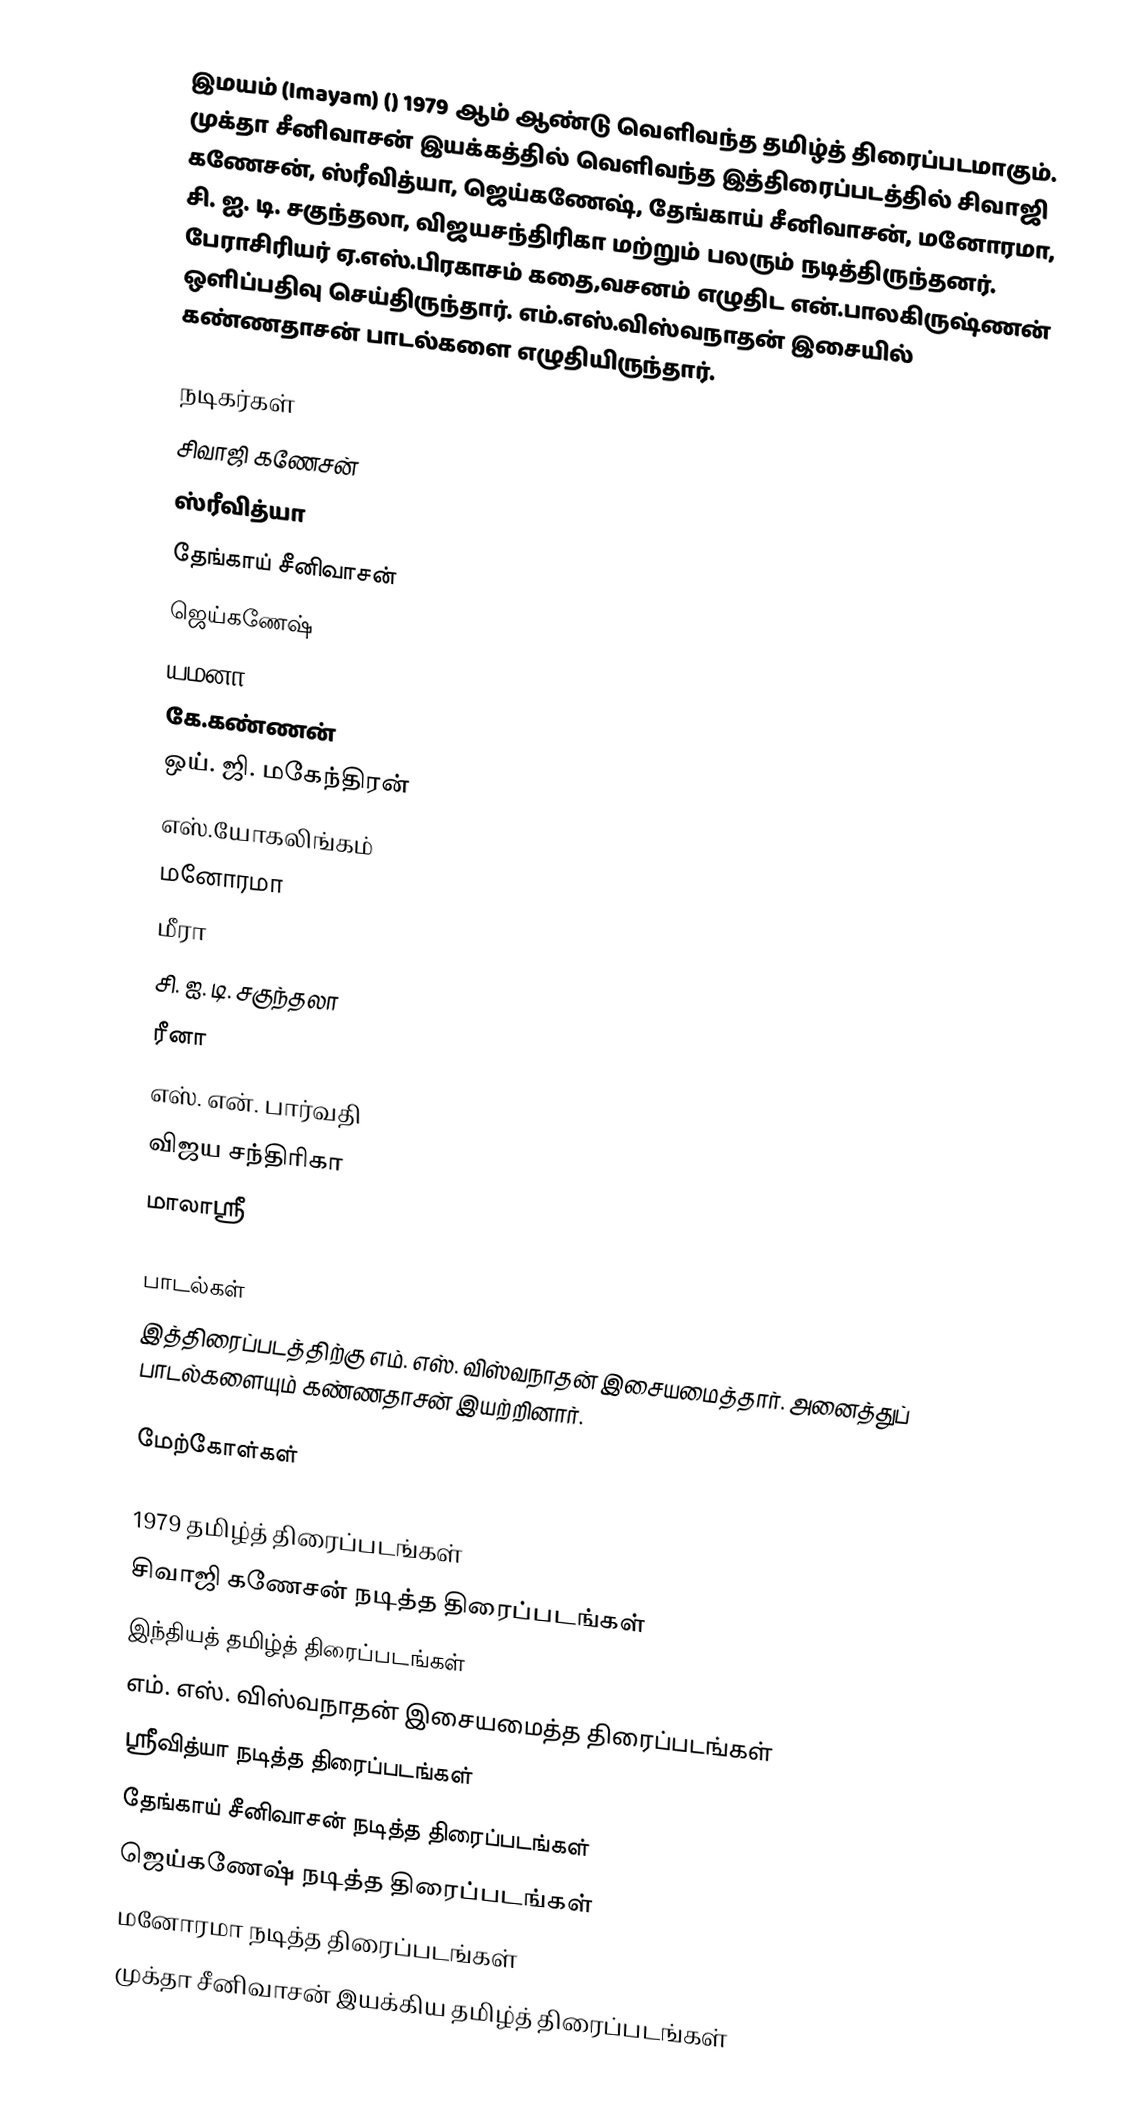
இமயம் (Imayam) () 1979 ஆம் ஆண்டு வெளிவந்த தமிழ்த் திரைப்படமாகும். முக்தா சீனிவாசன் இயக்கத்தில் வெளிவந்த இத்திரைப்படத்தில் சிவாஜி கணேசன், ஸ்ரீவித்யா, ஜெய்கணேஷ், தேங்காய் சீனிவாசன், மனோரமா, சி. ஐ. டி. சகுந்தலா, விஜயசந்திரிகா மற்றும் பலரும் நடித்திருந்தனர். பேராசிரியர் ஏ.எஸ்.பிரகாசம் கதை,வசனம் எழுதிட என்.பாலகிருஷ்ணன் ஒளிப்பதிவு செய்திருந்தார். எம்.எஸ்.விஸ்வநாதன் இசையில் கண்ணதாசன் பாடல்களை எழுதியிருந்தார்.

நடிகர்கள்
 சிவாஜி கணேசன்
 ஸ்ரீவித்யா
 தேங்காய் சீனிவாசன்
 ஜெய்கணேஷ்
 யமனா
 கே.கண்ணன்
 ஒய். ஜி. மகேந்திரன்
 எஸ்.யோகலிங்கம்
 மனோரமா
 மீரா
 சி. ஐ. டி. சகுந்தலா
 ரீனா
 எஸ். என். பார்வதி
 விஜய சந்திரிகா
 மாலாஸ்ரீ

பாடல்கள்
இத்திரைப்படத்திற்கு எம். எஸ். விஸ்வநாதன் இசையமைத்தார். அனைத்துப் பாடல்களையும் கண்ணதாசன் இயற்றினார்.

மேற்கோள்கள்

1979 தமிழ்த் திரைப்படங்கள்
சிவாஜி கணேசன் நடித்த திரைப்படங்கள்
இந்தியத் தமிழ்த் திரைப்படங்கள்
எம். எஸ். விஸ்வநாதன் இசையமைத்த திரைப்படங்கள்
ஸ்ரீவித்யா நடித்த திரைப்படங்கள்
தேங்காய் சீனிவாசன் நடித்த திரைப்படங்கள்
ஜெய்கணேஷ் நடித்த திரைப்படங்கள்
மனோரமா நடித்த திரைப்படங்கள்
முக்தா சீனிவாசன் இயக்கிய தமிழ்த் திரைப்படங்கள்